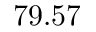
7 9 . 5 7